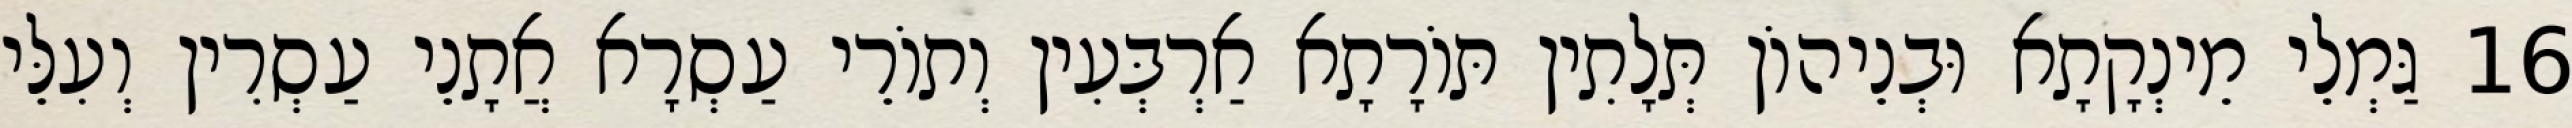
16 גַּמְלֵי מֵינְקָתָא וּבְנֵיהוֹן תְּלָתִין תּוֹרָתָא אַרְבְּעִין וְתוֹרֵי עַסְרָא אֲתָנֵי עַסְרִין וְעִלֵּי